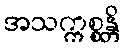
အသက္ကစ္စန္တိ